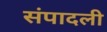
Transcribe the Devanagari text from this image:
संपादली